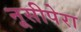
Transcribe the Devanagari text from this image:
नूसीपेरा